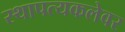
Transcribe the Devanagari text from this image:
स्थापत्यकलेवर